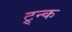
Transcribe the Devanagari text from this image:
ट्र्न्क